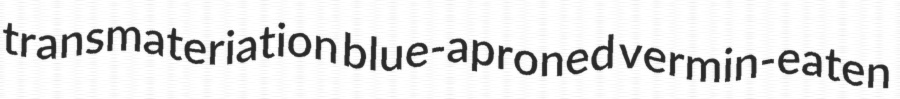
transmateriation blue-aproned vermin-eaten